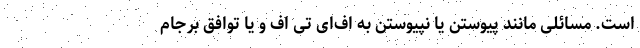
است. مسائلی مانند پیوستن یا نپیوستن به اف‌ای تی اف و یا توافق برجام